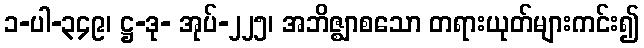
၁-ပါ-၃၄၉၊ ဋ္ဌ-ဒု- အုပ်-၂၂၅၊ အဘိဇ္ဈာစသော တရားယုတ်များကင်း၍